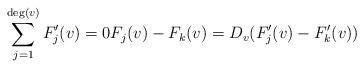
LaTeX: \begin{align*} \sum_{j = 1}^{\deg (v)} F_j' (v) = 0 F_j (v) - F_k (v) = D_v (F_j' (v) - F_k' (v))\end{align*}